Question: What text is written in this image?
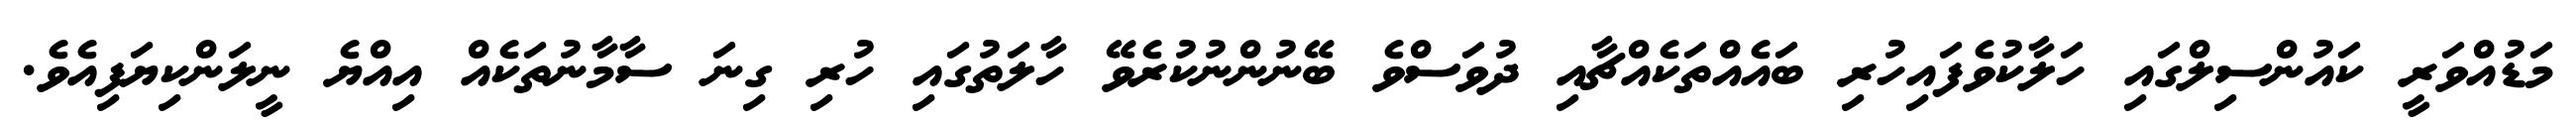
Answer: މަޑުއްވަރީ ކައުންސިލްގައި ހަލާކުވެފައިހުރި ބައެއްތަކެއްޗާއި ދުވަސްވެ ބޭނުންނުކުރެވޭ ހާލަތުގައި ހުރި ގިނަ ސާމާނުތަކެއް އިއްޔެ ނީލަންކިޔަފިއެވެ.